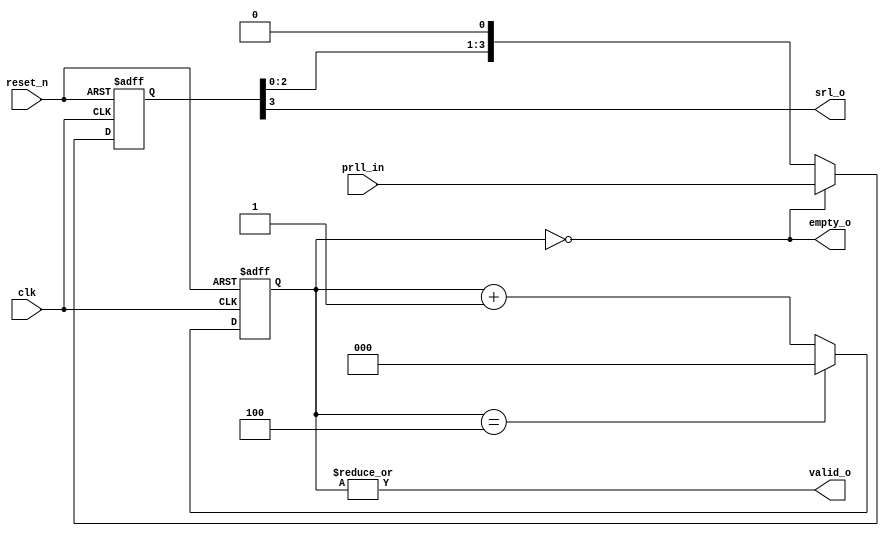
`timescale 1ns / 1ps
module pll_to_srl_conv(prll_in, clk, reset_n, srl_o, empty_o, valid_o);
    input clk, reset_n;
    input [3:0] prll_in;         //parellel input
    output wire empty_o;         //set when all 4 bits are output
    output wire valid_o;         //set when the sereal out is valid.
    output wire srl_o;           //serial out
    
    reg [3:0] mem;               //register bank
    reg [2:0] count;
    wire [2:0] nxt_count;
    
    always @(posedge clk, negedge reset_n)
    begin
        if(reset_n==0)
        begin
            mem<=0;
            count<=0;
        end
        else
        begin
              mem <= empty_o ? prll_in : {mem[2:0], 1'b0};
              count<=nxt_count;
        end
    end
    
    assign nxt_count = (count==3'd4)? 1'b0: count+1'b1;
    assign empty_o = (count==3'd0);
    assign valid_o = |count;
    assign srl_o = mem[3];
    
endmodule